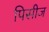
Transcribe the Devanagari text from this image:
पिसीज